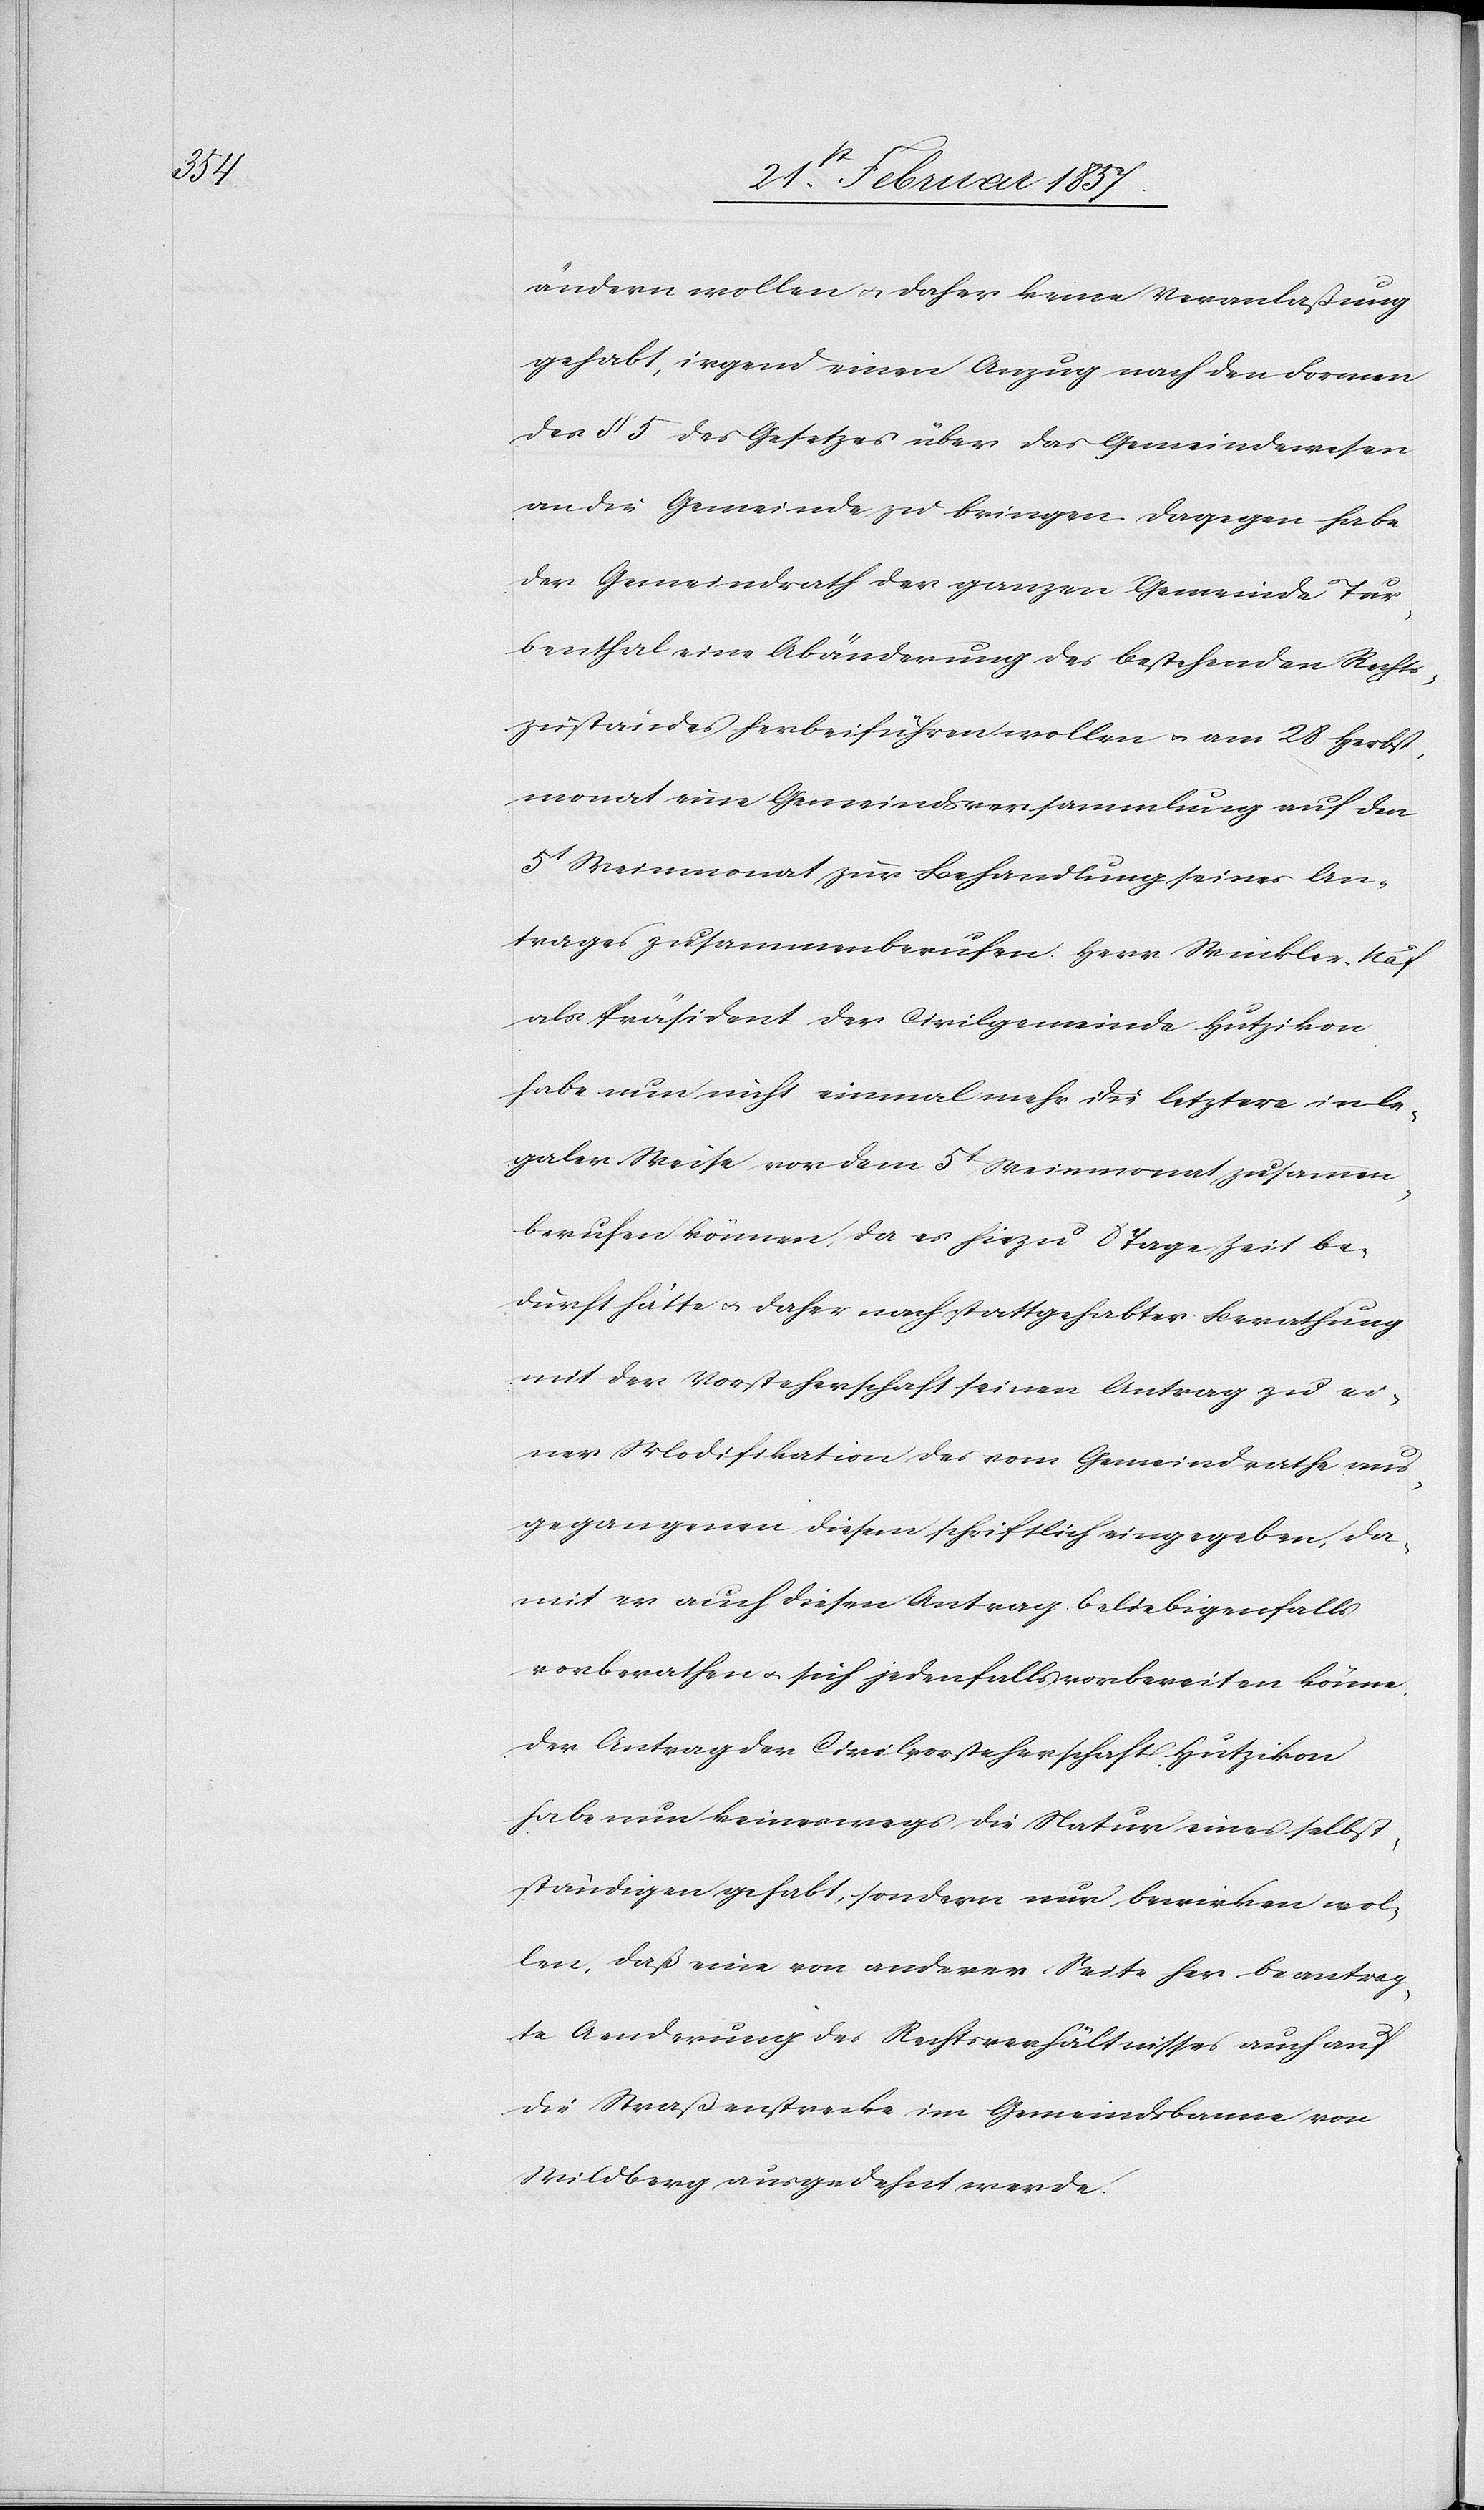
ändern wollen u. daher keine Veranlaßung
gehabt, irgend einen Anzug nach den Formen
des § 5 des Gesetzes über das Gemeindewesen
an die Gemeinde zu bringen. Dagegen habe
der Gemeindrath der ganzen Gemeinde Tur¬
benthal eine Abänderung des bestehenden Rechts¬
zustandes herbeiführen wollen u. am 28 Herbst¬
monat eine Gemeindsversammlung auf den
5t Weinmonat zur Behandlung seines An¬
trages zusammenberufen. Herr Winkler-Näf
als Präsident der Civilgemeinde Hutzikon
habe nun nicht einmal mehr die letztere in le¬
galer Weise vor dem 5t Weinmonat zusammen¬
berufen können, da es hiezu 8 Tage Zeit be¬
durft hätte u. daher nach stattgehabter Berathung
mit der Vorsteherschaft seinen Antrag zu ei¬
ner Modifikation des vom Gemeindrathe aus¬
gegangenen diesen schriftlich eingegeben, da¬
mit er auch diesen Antrag beliebigenfalls
vorberathen u. sich jedenfalls vorbereiten könne.
Der Antrag der Civilvorsteherschaft Hutzikon
habe nun keineswegs die Natur eines selbst¬
ständigen gehabt, sondern nur bewirken wol¬
len, daß eine von anderer Seite her beantrag¬
te Aenderung des Rechtsverhältnisses auch auf
die Straßenstrecke im Gemeindsbanne von
Wildberg ausgedehnt werde.